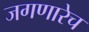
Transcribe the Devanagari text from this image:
जगणारेच